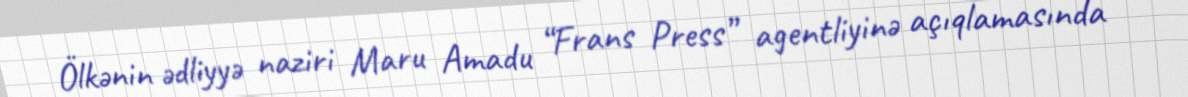
Ölkənin ədliyyə naziri Maru Amadu “Frans Press” agentliyinə açıqlamasında